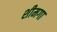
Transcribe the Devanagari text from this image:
शीमगा